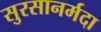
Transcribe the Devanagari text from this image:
सुरसानर्मदा